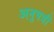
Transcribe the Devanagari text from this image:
अनुपत्री